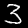
Label: 3